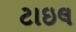
ટાઇલ